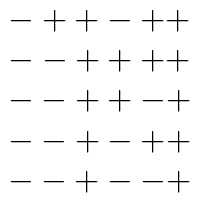
\begin{array}{c} -++-++ \\ --++++ \\ --++-+ \\ --+-++ \\ --+--+\end{array}